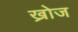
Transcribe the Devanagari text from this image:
ख्रोज